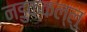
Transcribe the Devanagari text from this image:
नडुक्कल्लु